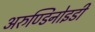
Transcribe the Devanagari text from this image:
अरुण्डिनोइडी